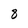
Character: 8